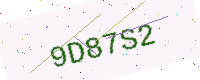
Text: 9D87S2